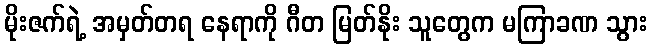
မိုးဇက်ရဲ့ အမှတ်တရ နေရာကို ဂီတ မြတ်နိုး သူတွေက မကြာခဏ သွား